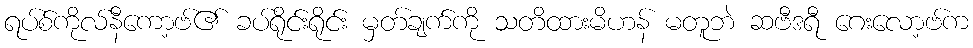
ရပ်စ်ကိုလ်နီကော့ဗ်၏ ခပ်ရိုင်းရိုင်း မှတ်ချက်ကို သတိထားမိဟန် မတူဘဲ ဆဗီဒရီ ဂေးလော့ဗ်က